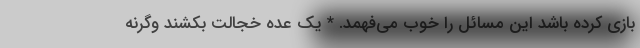
بازی کرده باشد این مسائل را خوب می‌فهمد. * یک عده خجالت بکشند وگرنه